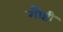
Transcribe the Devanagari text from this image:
गौष्टी